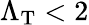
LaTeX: \Lambda_{\mathrm{T}}<2